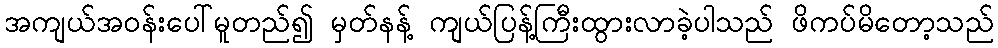
အကျယ်အဝန်းပေါ်မူတည်၍ မှတ်နန့် ကျယ်ပြန့်ကြီးထွားလာခဲ့ပါသည် ဖိကပ်မိတော့သည်